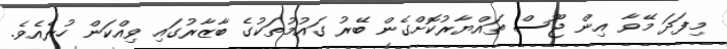
މިފަދަ މޭވާ އިން ޖޫސް ތައްޔާރުކޮށްގެން ބޭރު ގައުމުތަކުގެ ބާޒާރުގައި ވިއްކަން ހުރެއެވެ.